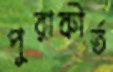
পুরাকীর্ত